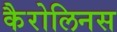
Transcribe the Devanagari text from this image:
कैरोलिनस